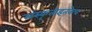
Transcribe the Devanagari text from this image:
संस्कृतीइतकेच